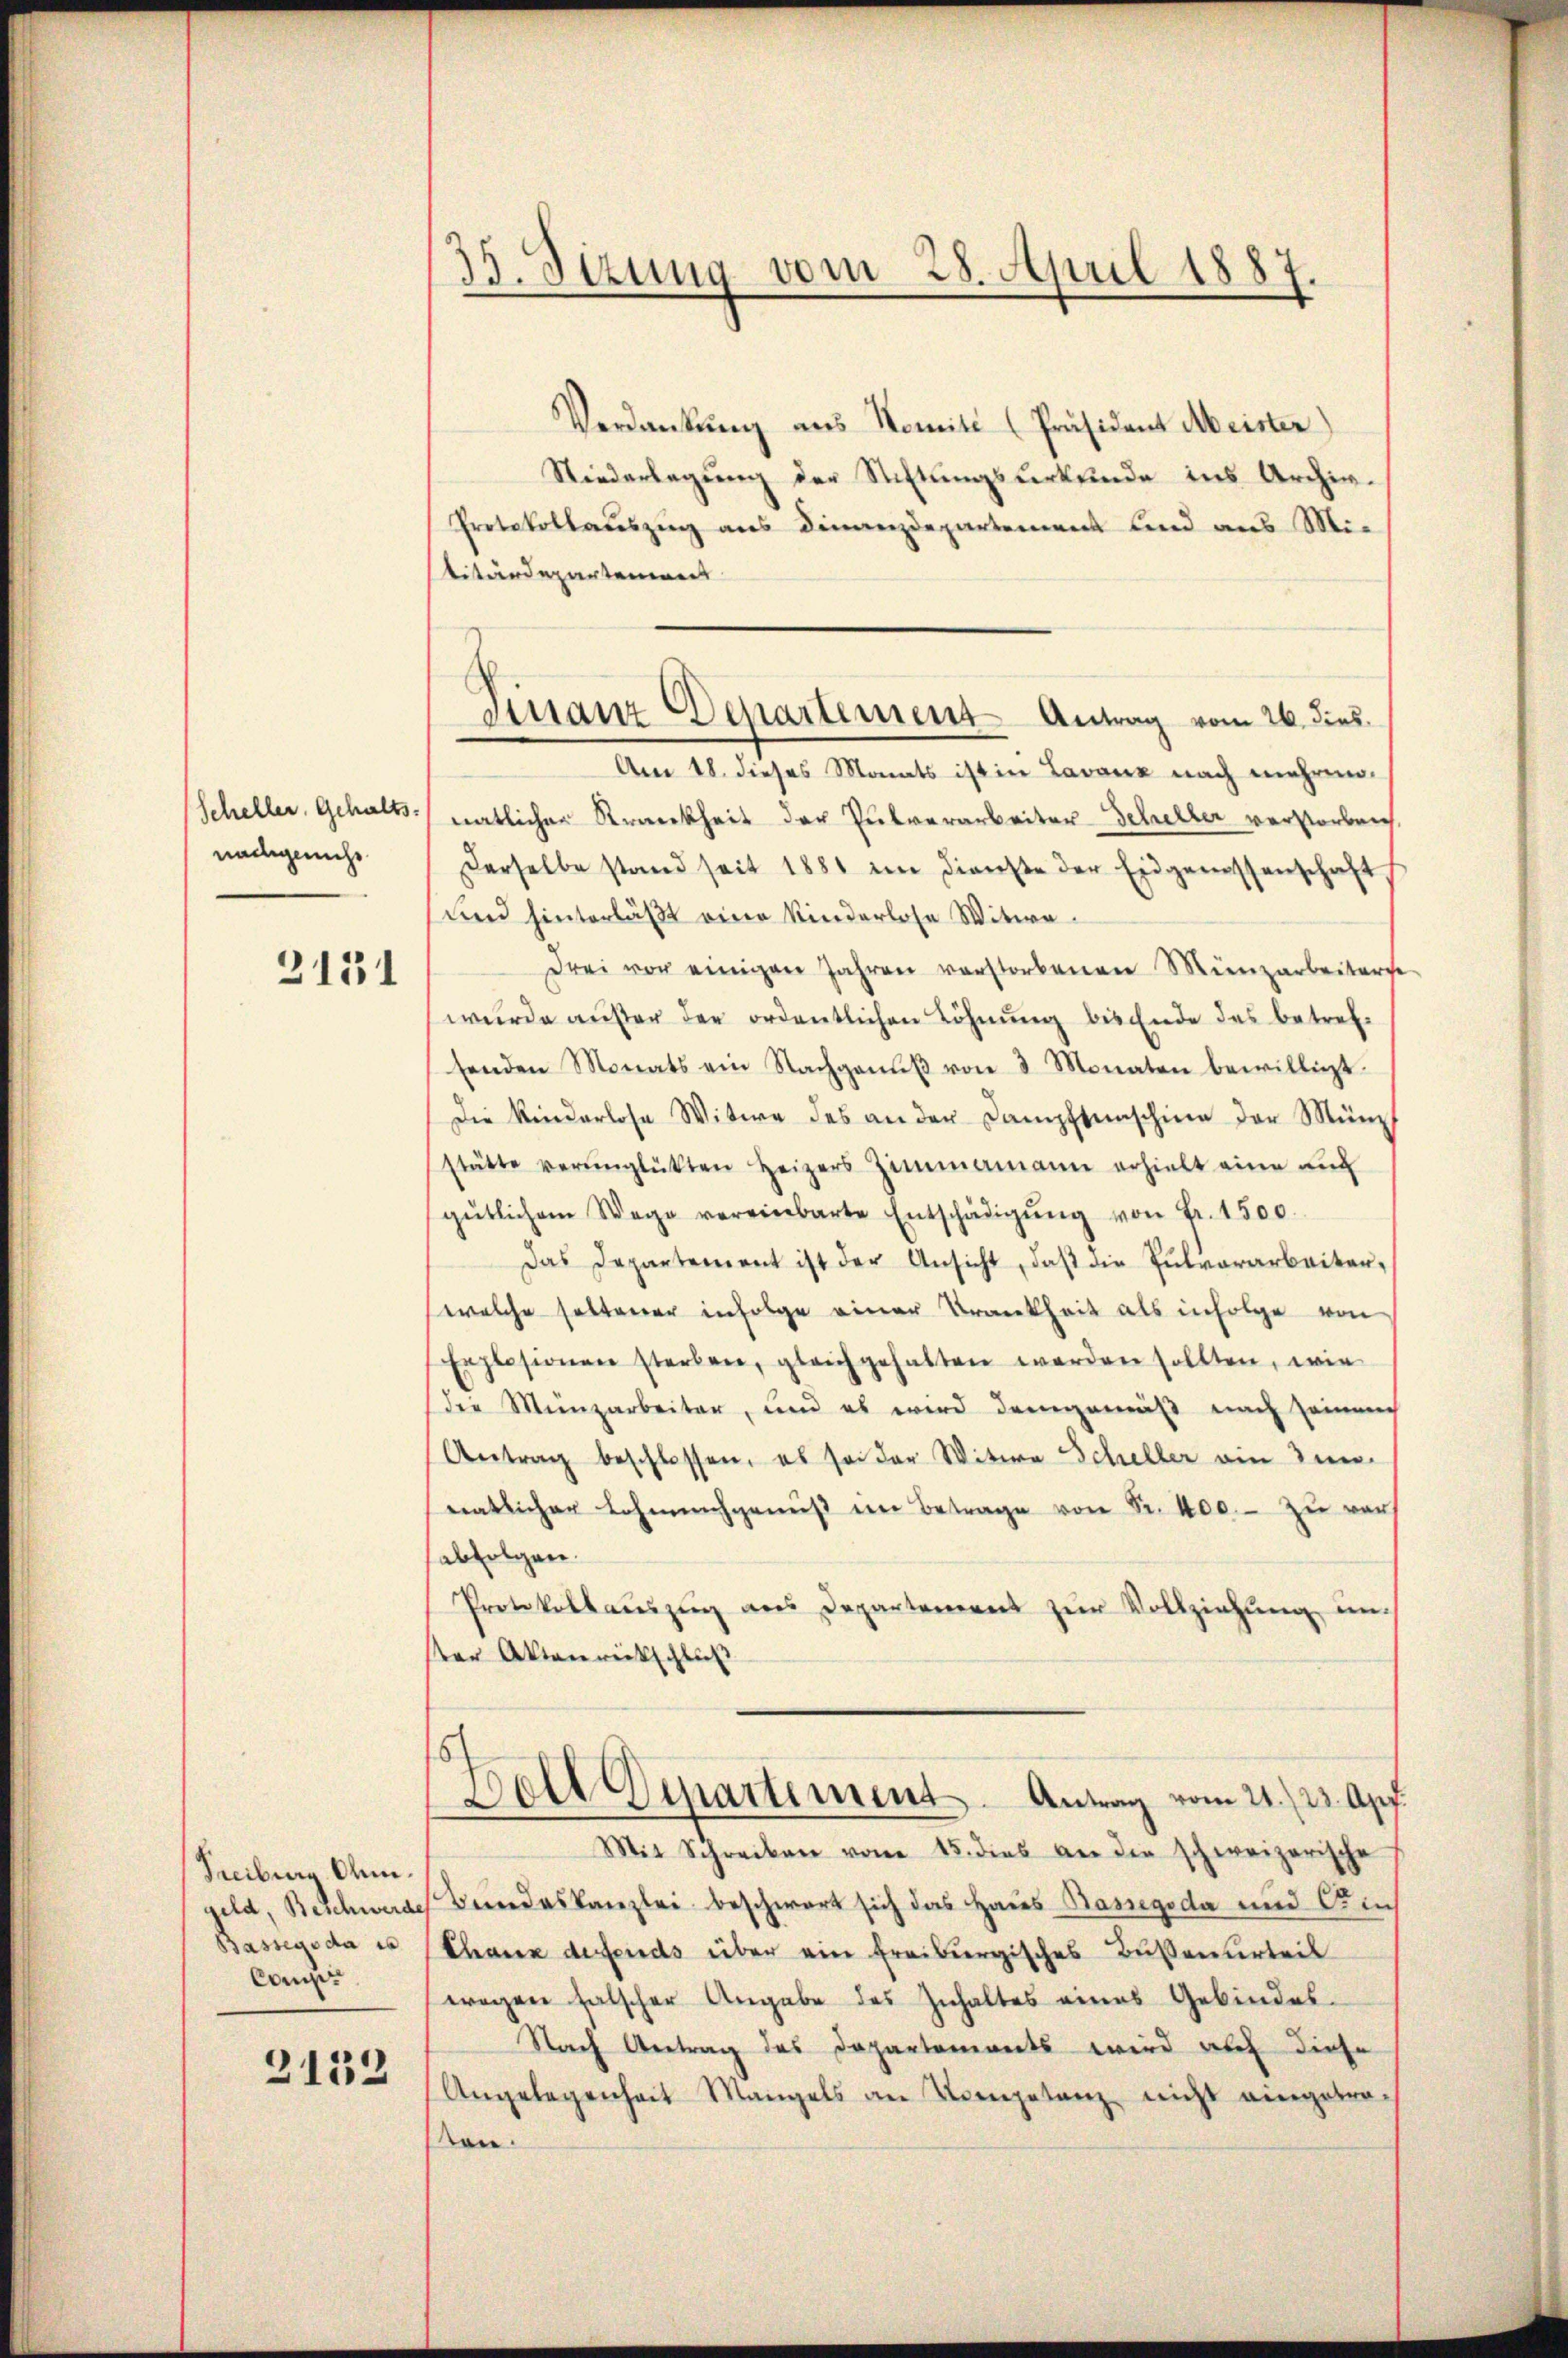
Scheller, Gehalts-
nachgericht

2131

Treiburg Ohne
geld, Beschwerde
Bassegoda es
Compiti

2132

35. Sizung vom 28. April 1887.

Verdankŭng aus Nomité [Präsident Meister)
Niederlegung der Richtungsurkunde ins Archiv.
Protokollauszug aus Finanzdepartement und aus Mititärdepartemen
Am 18. dieses Monats ist in Lavanz nach mehren.
natlichen Kranckheit der Pulverarbeiter-Scheller verstorben,
Derselbe stand seit 1881 im Dienste der Eidgenossenschaft
und hinterläßt eine Kinderlose Witwedrei vor einigen Jahren verstorbenen Münzarbeiterse
wurde außer der ordentlichen Löhnung bis Ende des betrefsenden Monats ein Nachganŭβ von 3 Monaten bewilligt.
Die Kinderlose Witwe des an der Dampftenschine der Münz
stätte verunglükten Heizers Zimmamann erhielt eine auc
gütlichem Wege vereinbarte Entschädigŭng von Fr. 1500.
Das Departement ist der Ansicht, daß die Pulvorarbeiterwelche seltener infolge einer Krankheit als infolge von
Explosionen sterben, gleichgehalten werden sollten, wie
der Münzarbeiter, und es wird demgemäß nach Heimach
Antrag beschlossen, es sei der Witwe Scheller ein Zu-
natlicher Lohnachgenŭβ im Betrage von Sr. 400.- zu ver
abfolgen.
Protokollauszug aus Departement zur Vollziehung und
ter Aktenrickschluß
5
Dolt Departement. Antrag vom 21. 23. Apf
Mit Schreiben vom 15. dies an die schweizerische
Bundeskanzlei beschwert sich das Haus Bassegoda und Fruch
Chaux defends über ein Freiburgisches Bußenurteil
wegen falscher Angabe des Inhaltes eines Gebindes-
Nach Antrag des Departements wird auf diese
Angelegenheit Mangels an Kompetenz nicht eingetra-
ten.

Finanz Departement Antrag vom 26. dies